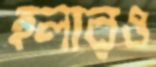
হলারও